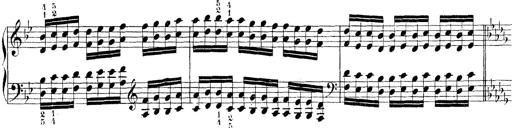
Title: Technische Studien
Composer: Franz Liszt